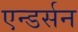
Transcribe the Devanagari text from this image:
एन्डर्सन